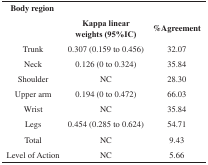
| <COLSPAN=2> Body region |  |
 |  | Kappa linear weights(95%IC) | %Agreement |
 | --- | --- | --- |
 | Trunk | 0.307 (0.159 to 0.456) | 32.07 |
 | Neck | 0.126 (0 to 0.324) | 35.84 |
 | Shoulder | NC | 28.30 |
 | Upper arm | 0.194 (0 to 0.472) | 66.03 |
 | Wrist | NC | 35.84 |
 | Legs | 0.454 (0.285 to 0.624) | 54.71 |
 | Total | NC | 9.43 |
 | Level of Action | NC | 5.66 |